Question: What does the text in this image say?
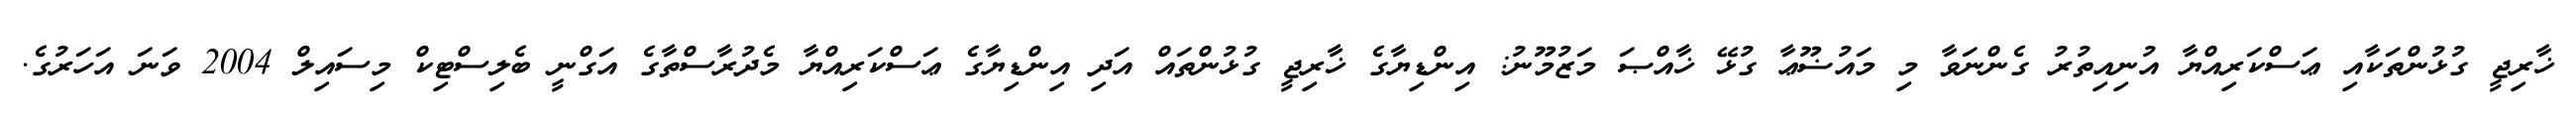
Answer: ޚާރިޖީ ގުޅުންތަކާއި ޢަސްކަރިއްޔާ އުނިއިތުރު ގެންނަވާ މި މައުޟޫޢާ ގުޅޭ ޚާއްޞަ މަޒުމޫނު: އިންޑިޔާގެ ޚާރިޖީ ގުޅުންތައް އަދި އިންޑިޔާގެ ޢަސްކަރިއްޔާ މެދުރާސްތާގެ އަގްނީ ބެލިސްޓިކް މިސައިލް 2004 ވަނަ އަހަރުގެ.